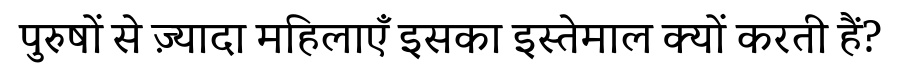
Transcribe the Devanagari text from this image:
पुरुषों से ज़्यादा महिलाएँ इसका इस्तेमाल क्यों करती हैं?